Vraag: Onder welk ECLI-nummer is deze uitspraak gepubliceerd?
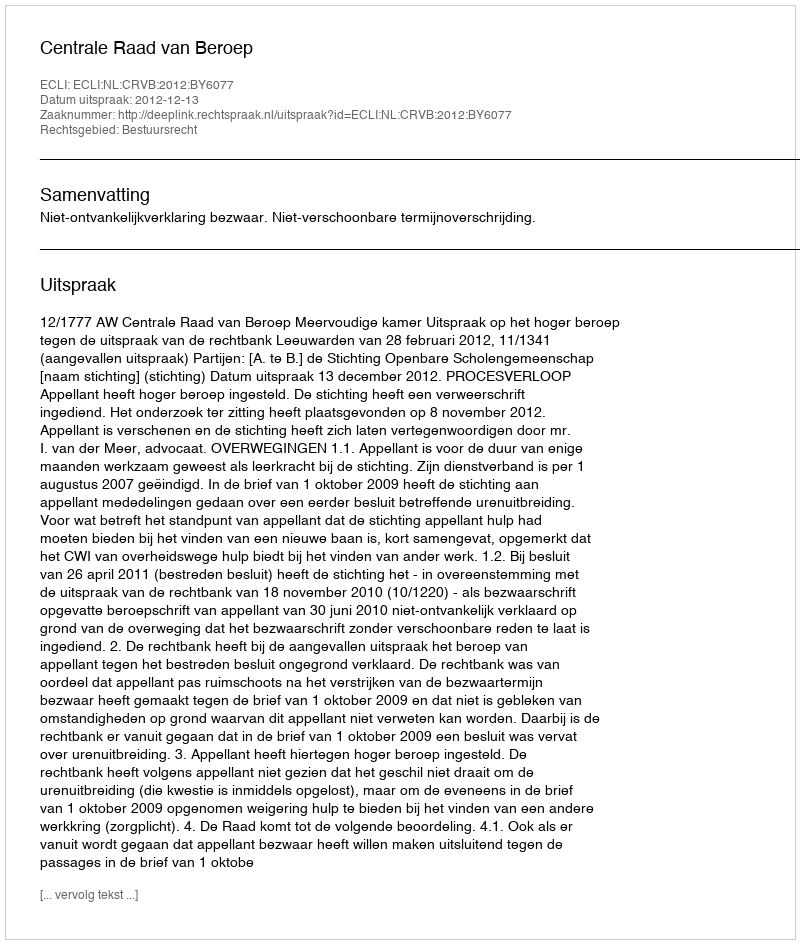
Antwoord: ECLI:NL:CRVB:2012:BY6077